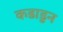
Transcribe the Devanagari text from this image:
कडाडुन